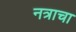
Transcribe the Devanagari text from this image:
नत्राचा